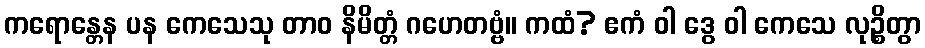
ကရောန္တေန ပန ကေသေသု တာဝ နိမိတ္တံ ဂဟေတဗ္ဗံ။ ကထံ? ဧကံ ဝါ ဒွေ ဝါ ကေသေ လုဉ္စိတွာ